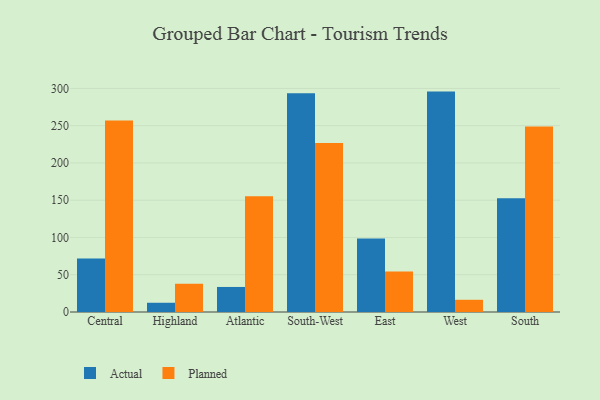
{"axis": {"x": "Region", "y": "Temperature (°C)"}, "legend": ["Actual", "Planned"], "data": [{"x": "Central", "y": 71.9, "type": "Actual"}, {"x": "Central", "y": 256.9, "type": "Planned"}, {"x": "Highland", "y": 12.4, "type": "Actual"}, {"x": "Highland", "y": 37.9, "type": "Planned"}, {"x": "Atlantic", "y": 33.6, "type": "Actual"}, {"x": "Atlantic", "y": 155.4, "type": "Planned"}, {"x": "South-West", "y": 293.5, "type": "Actual"}, {"x": "South-West", "y": 226.8, "type": "Planned"}, {"x": "East", "y": 98.6, "type": "Actual"}, {"x": "East", "y": 54.2, "type": "Planned"}, {"x": "West", "y": 295.7, "type": "Actual"}, {"x": "West", "y": 16.4, "type": "Planned"}, {"x": "South", "y": 152.5, "type": "Actual"}, {"x": "South", "y": 249.0, "type": "Planned"}]}